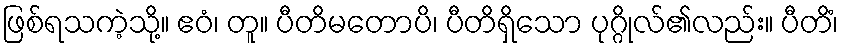
ဖြစ်ရသကဲ့သို့။ ဧဝံ၊ တူ။ ပီတိမတောပိ၊ ပီတိရှိသော ပုဂ္ဂိုလ်၏လည်း။ ပီတိံ၊